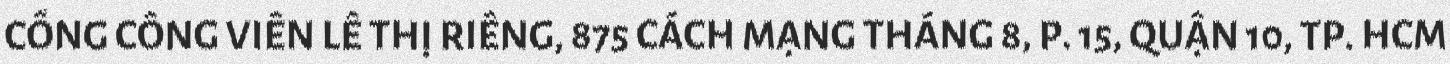
CỔNG CÔNG VIÊN LÊ THỊ RIÊNG, 875 CÁCH MẠNG THÁNG 8, P. 15, QUẬN 10, TP. HCM